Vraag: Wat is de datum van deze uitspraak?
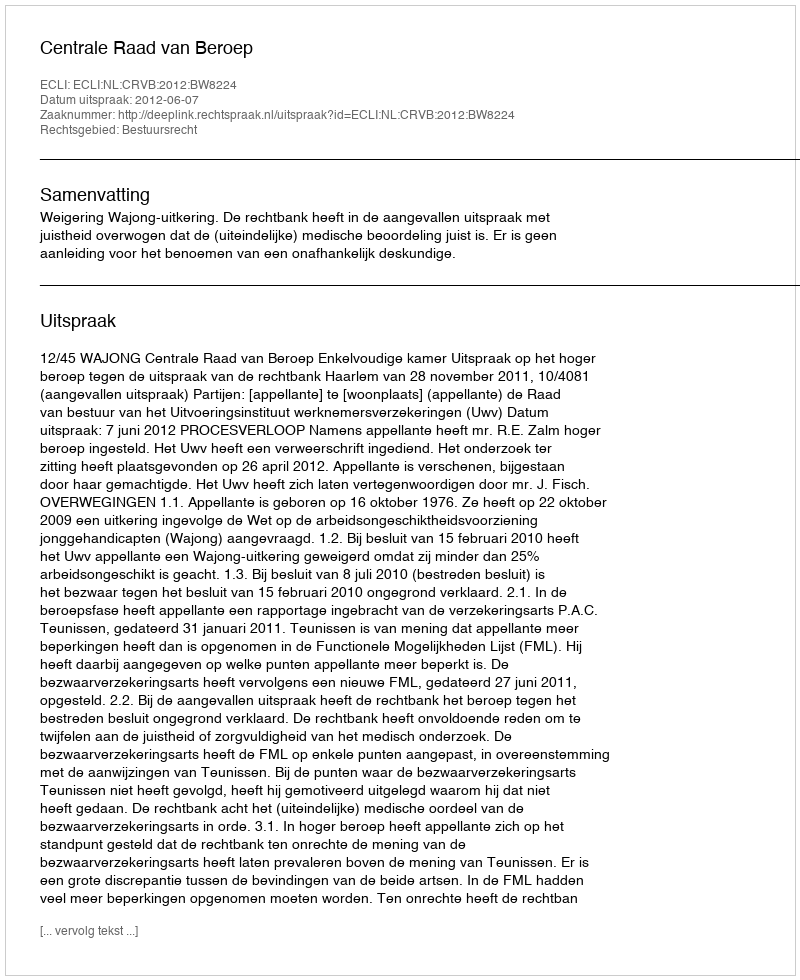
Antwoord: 2012-06-07